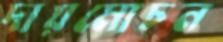
দায়মোচন